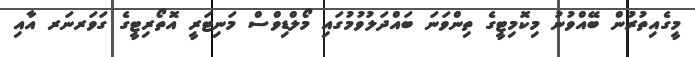
މީގެއިތުރުން ބޭއްވުނު މިކޮމިޓީގެ ތިންވަނަ ބައްދަލުވުމުގައި މޯލްޑިވްސް މަނިޓަރީ އޮތޯރިޓީގެ ގަވަރނަރ އާއި